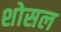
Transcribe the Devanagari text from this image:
शोसल